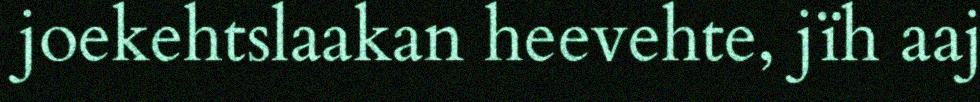
joekehtslaakan heevehte, jïh aaj